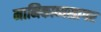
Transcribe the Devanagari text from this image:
मानिकाव्यसागर